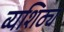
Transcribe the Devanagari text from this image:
व्यशिठ्य